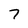
Character: 7